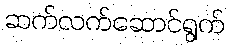
ဆက်လက်ဆောင်ရွက်